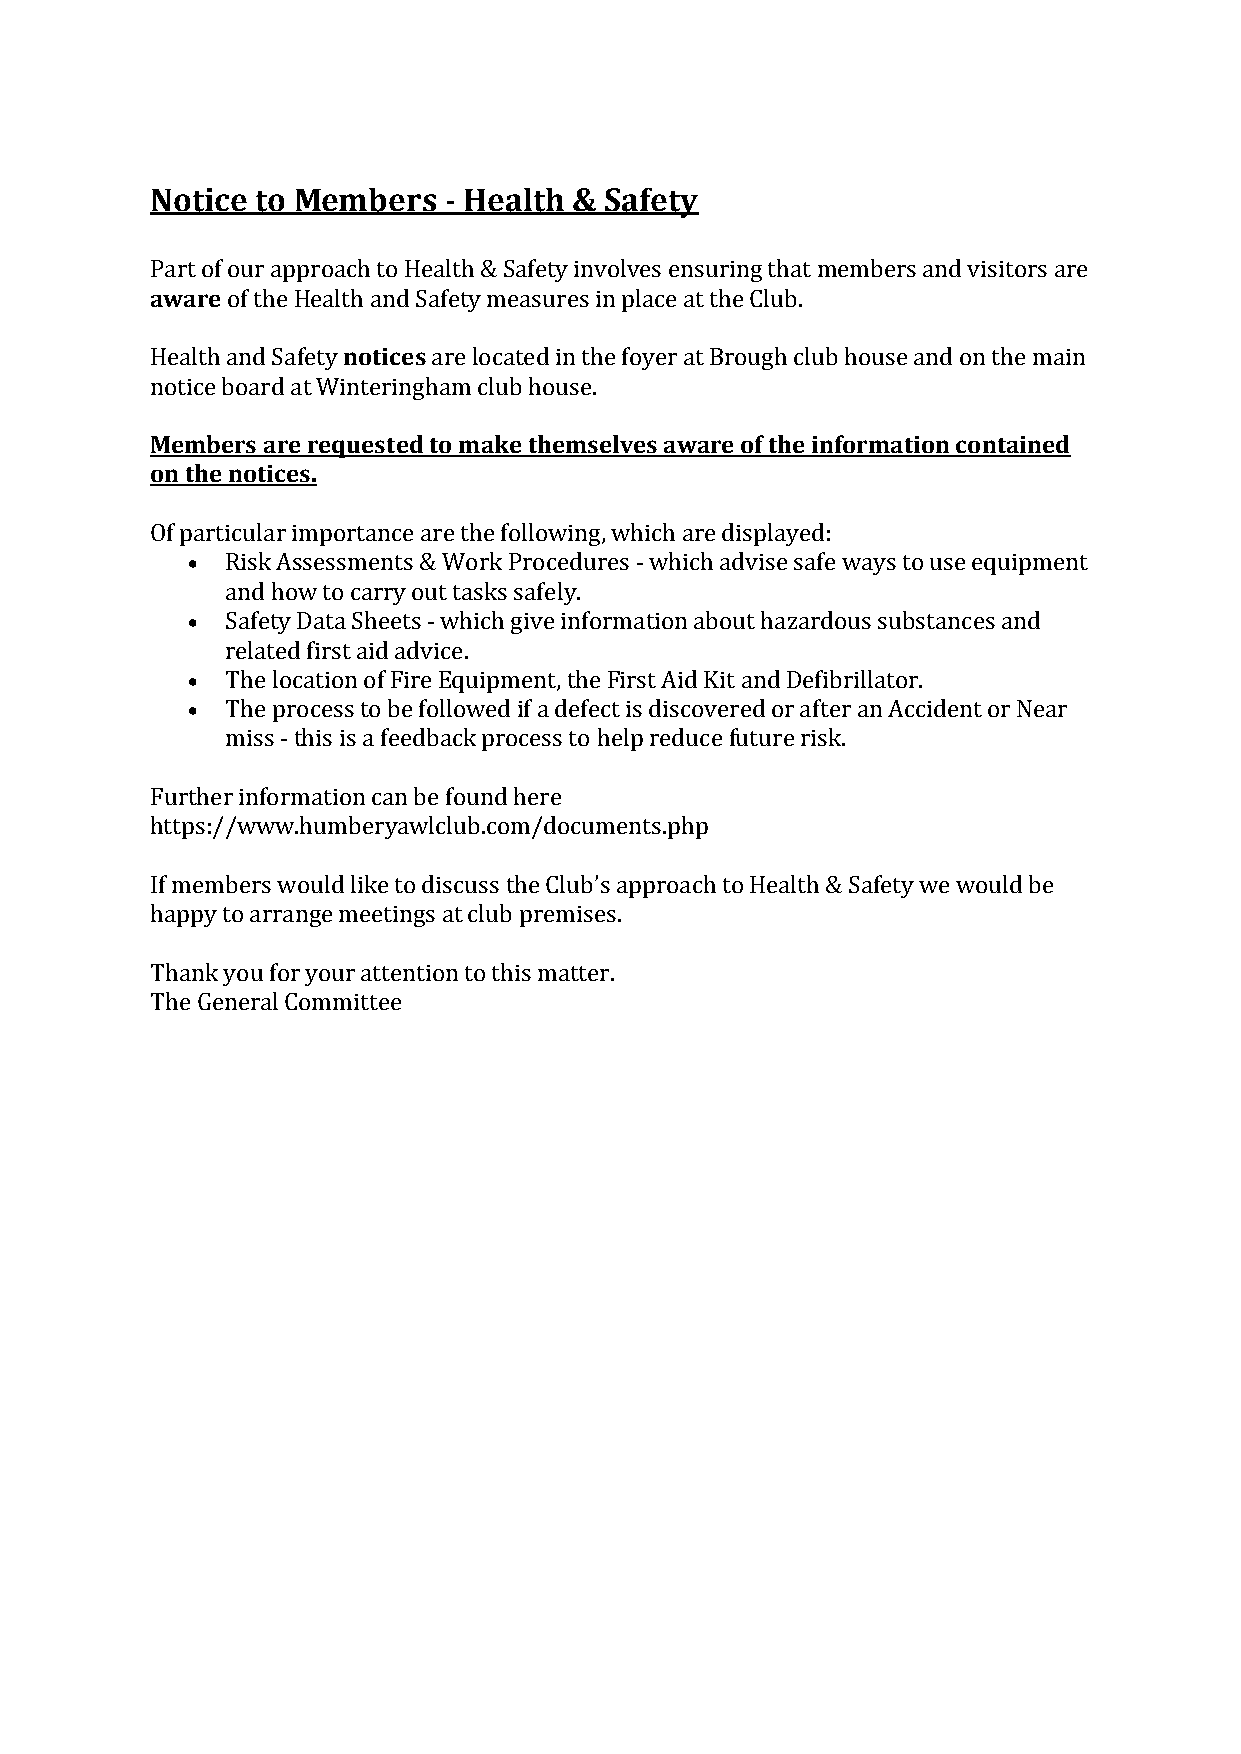
Notice to Members  - Health & Safety
 Part of our approach to Health & Safety involves ensuring that members and visitors are
 aware of the Health and Safety measures in place at the Club.
 Health and Safety notices are located in the foyer at Brough club house and on the main
 notice board at Winteringham club house.
 Members are requested to make themselves aware of the information contained
 on the notices.
 Of particular importance are the following, which are displayed:
   Risk Assessments & Work Procedures - which advise safe ways to use equipment
 and how to carry out tasks safely.
   Safety Data Sheets - which give information about hazardous substances and
 related first aid advice.
   The location of Fire Equipment, the First Aid Kit and Defibrillator.
   The process to be followed if a defect is discovered or after an Accident or Near
 miss - this is a feedback process to help reduce future risk.
 Further information can be found here
 https://www.humberyawlclub.com/documents.php
 If members would like to discuss the Club’s approach to Health & Safety we would be
 happy to arrange meetings at club premises.
 Thank you for your attention to this matter.
 The General Committee